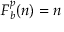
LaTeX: F _ { b } ^ { p } ( n ) = n